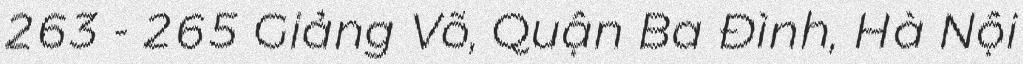
263 - 265 Giảng Võ, Quận Ba Đình, Hà Nội